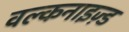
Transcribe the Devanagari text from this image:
वल्कनाइज़्ड